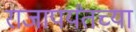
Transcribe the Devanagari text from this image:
राजापर्यंतच्या